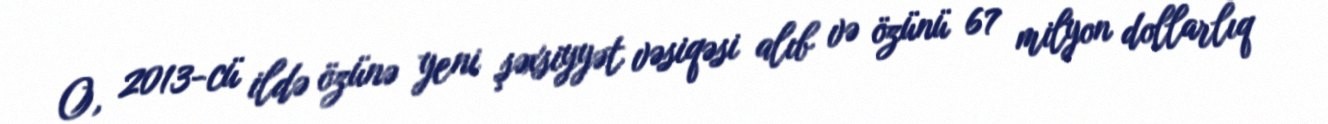
O, 2013-cü ildə özünə yeni şəxsiyyət vəsiqəsi alıb və özünü 67 milyon dollarlıq